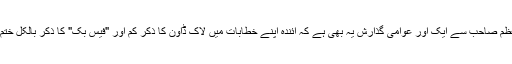
وزیراعظم صاحب سے ایک اور عوامی گذارش یہ بھی ہے کہ آئندہ اپنے خطابات میں لاک ڈاؤن کا ذکر کم اور "فیس بک" کا ذکر بالکل ختم کردیں۔